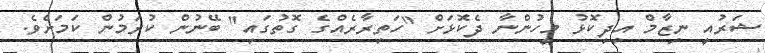
ޝަރުއީ ނިޒާމް އިދިކޮޅު މީހުންނާ ދެކޮޅަށް "ހަތިރާރެއްގެ ގޮތުގައި" ބޭނުން ކުރަމުން ކަމަށެވެ.